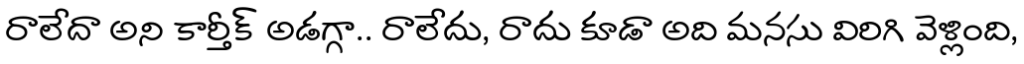
రాలేదా అని కార్తీక్ అడగ్గా.. రాలేదు, రాదు కూడా అది మనసు విరిగి వెళ్లింది,